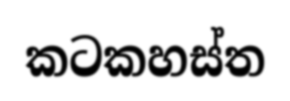
කටකහස්ත